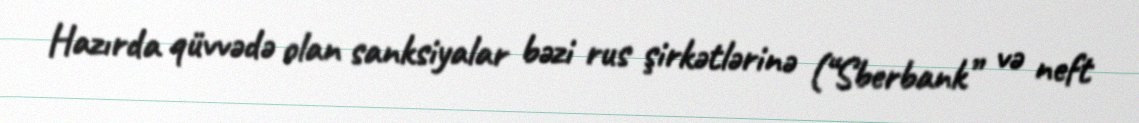
Hazırda qüvvədə olan sanksiyalar bəzi rus şirkətlərinə (“Sberbank” və neft